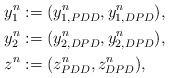
\begin{align*}& y_1^n := (y_{1,PDD}^n, y_{1,DPD}^n), \\& y_2^n := (y_{2,DPD}^n, y_{2,DPD}^n), \\& z^n := (z^n_{PDD}, z^n_{DPD}),\end{align*}